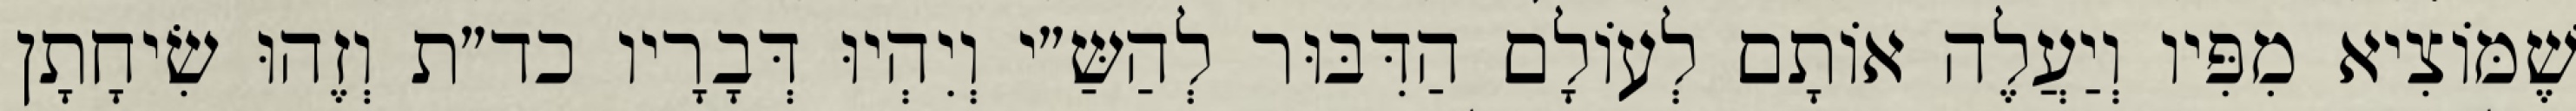
שֶׁמּוֹצִיא מִפִּיו וְיַעֲלֶה אוֹתָם לְעוֹלָם הַדִּבּוּר לְהַשַּ״י וְיִהְיוּ דְּבָרָיו כד״ת וְזֶהוּ שִׂיחָתָן